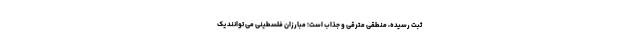
ثبت رسیده، منطقی مترقّی و جذّاب است؛ مبارزان فلسطینی می توانند یک